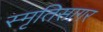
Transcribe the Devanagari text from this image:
स्मृतिसागर